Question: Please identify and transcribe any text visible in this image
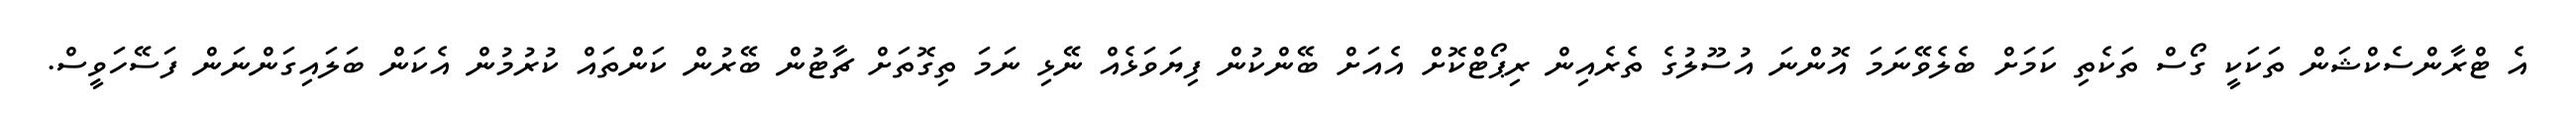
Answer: އެ ޓްރާންސެކްޝަން ތަކަކީ ގޯސް ތަކެތި ކަމަށް ބެލެވޭނަމަ އޮންނަ އުސޫލުގެ ތެރެއިން ރިޕޯޓްކޮށް އެއަށް ބޭންކުން ފިޔަވަޅެއް ނޭޅި ނަމަ ތިގޮތަށް ޗާޓުން ބޭރުން ކަންތައް ކުރުމުން އެކަން ބަލައިގަންނަން ފަސޭހަވީސް.